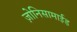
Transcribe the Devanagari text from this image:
ज़ोनिसामाईड